Annual administration report of the Civil Veterinary Department of India - 1899-1900
Year: 1899
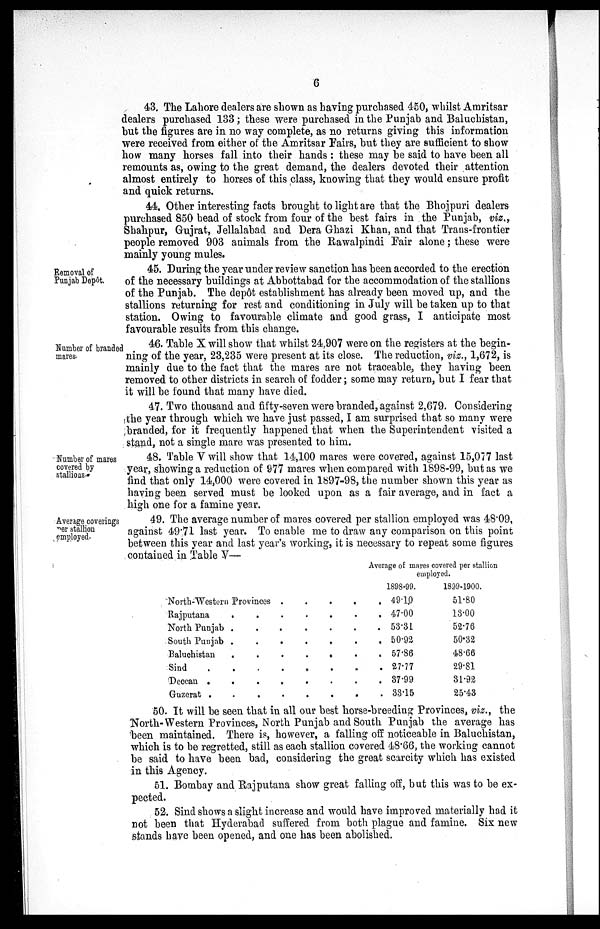
6
43. The Lahore dealers are shown as having purchased 450, whilst Amritsar
dealers purchased 133; these were purchased in the Punjab and Baluchistan,
but the figures are in no way complete, as no returns giving this information
were received from either of the Amritsar Fairs, but they are sufficient to show
how many horses fall into their hands: these may be said to have been all
remounts as, owing to the great demand, the dealers devoted their attention
almost entirely to horses of this class, knowing that they would ensure profit
and quick returns.
44. Other interesting facts brought to light are that the Bhojpuri dealers
purchased 850 head of stock from four of the best fairs in the Punjab, viz.,
Shahpur, Gujrat, Jellalabad and Dera Ghazi Khan, and that Trans-frontier
people removed 903 animals from the Rawalpindi Fair alone; these were
mainly young mules.
Removal of
Punjab Depôt.
45. During the year under review sanction has been accorded to the erection
of the necessary buildings at Abbottabad for the accommodation of the stallions
of the Punjab. The depôt establishment has already been moved up, and the
stallions returning for rest and conditioning in July will be taken up to that
station. Owing to favourable climate and good grass, I anticipate most
favourable results from this change.
Number of branded
mares.
46. Table X will show that whilst 24,907 were on the registers at the begin-
ning of the year, 23,235 were present at its close. The reduction, viz., 1,672, is
mainly due to the fact that the mares are not traceable, they having been
removed to other districts in search of fodder; some may return, but I fear that
it will be found that many have died.
47. Two thousand and fifty-seven were branded, against 2,679. Considering
the year through which we have just passed, I am surprised that so many were
branded, for it frequently happened that when the Superintendent visited a
stand, not a single mare was presented to him.
Number of mares
covered by
stallions.
48. Table V will show that 14,100 mares were covered, against 15,077 last
year, showing a reduction of 977 mares when compared with 1898-99, but as we
find that only 14,000 were covered in 1897-98, the number shown this year as
having been served must be looked upon as a fair average, and in fact a
high one for a famine year.
Average coverings
per stallion
employed.
49. The average number of mares covered per stallion employed was 48.09,
against 49.71 last year. To enable me to draw any comparison on this point
between this year and last year's working, it is necessary to repeat some figures
contained in Table V—
North-Western Provinces .
.
.
.
Rajputana
.
.
.
.
.
.
North Punjab .
.
.
.
.
.
South Punjab .
.
.
.
.
.
Baluchistan . . . . . . . . .
Sind
.
.
.
.
. .
Deccan
.
.
.
.
.
.
.
.
Guzerat
.
.
.
.
.
.
.
.
Average of mares covered per stallion
employed.
1898-99.
491.0
47.00
53.31
50.92
57.86
27.77
37.99
33.15
1899-1900.
51.80
13.00
52.76
50.32
48.66
29.81
31.92
25.43
50. It will be seen that in all our best horse-breeding Provinces, viz., the
North-Western Provinces, North Punjab and South Punjab the average has
been maintained. There is, however, a falling off noticeable in Baluchistan,
which is to be regretted, still as each stallion covered 48.66, the working cannot
be said to have been bad, considering the great scarcity which has existed
in this Agency.
51. Bombay and Rajputana show great falling off, but this was to be ex-
pected.
52. Sind shows a slight increase and would have improved materially had it
not been that Hyderabad suffered from both plague and famine. Six new
stands have been opened, and one has been abolished.